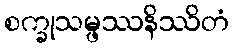
စက္ခုသမ္ဖဿနိဿိတံ